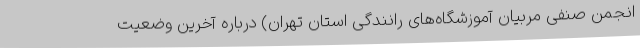
انجمن صنفی مربیان آموزشگاه‌های رانندگی استان تهران) درباره آخرین وضعیت